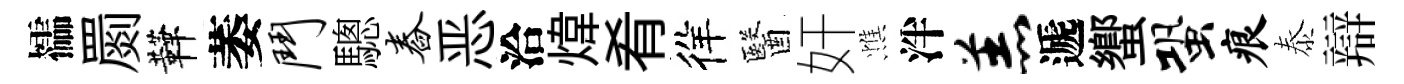
櫺罽鞾萎斗驄舂恶洽煒肴徉醫奸憔泮羔遞蠁蛩痕泰辯